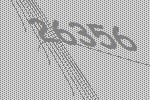
26356